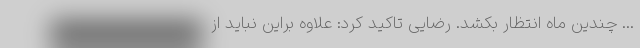
... چندین ماه انتظار بکشد. رضایی تاکید کرد: علاوه براین نباید از